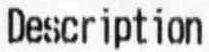
DESCRIPTION